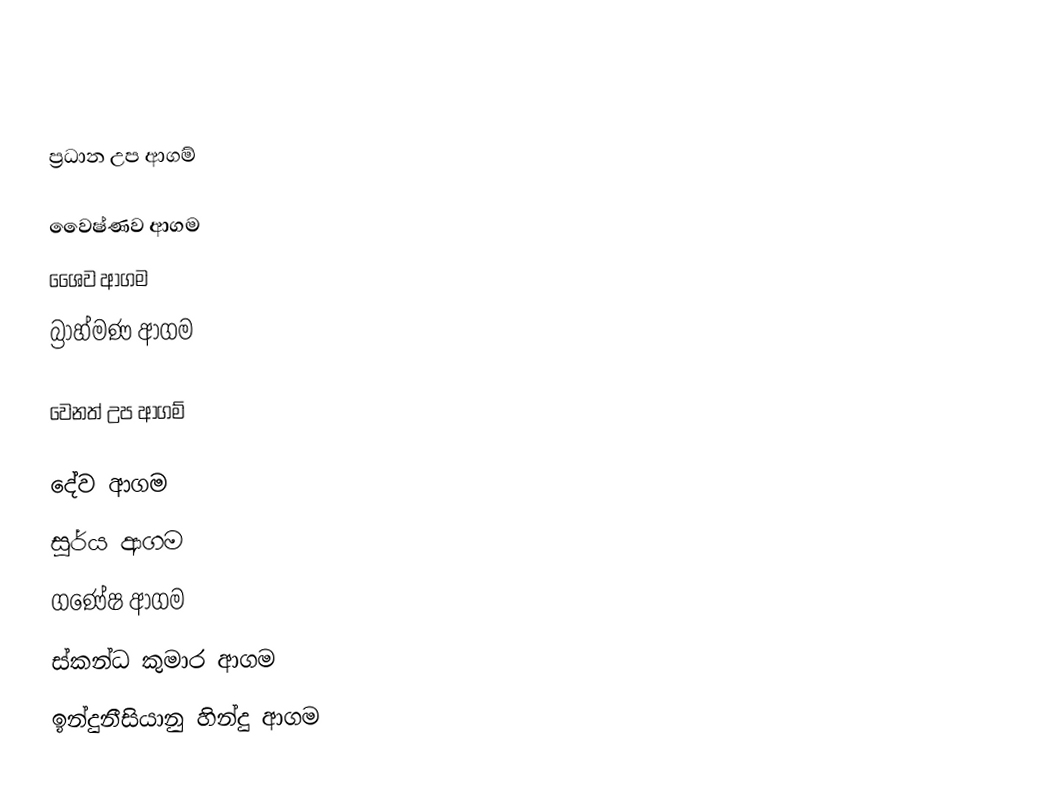

ප්‍රධාන උප ආගම්

 වෛෂ්ණව ආගම
 ශෛව ආගම
 බ්‍රාහ්මණ ආගම

වෙනත් උප ආගම්

 දේව ආගම
 සූර්ය ආගම
 ගණේෂ ආගම
 ස්කන්ධ කුමාර ආගම
 ඉන්දුනීසියානු හින්දු ආගම